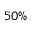
5 0 \%